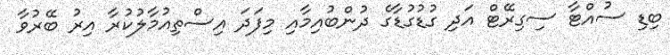
ބިޑި ސުއްޓާ ސިގިރޭޓް އަދި ގުޑުގުޑާގެ ދުންބުއިމާއި މިފަދަ އިސްތިއުމާލުކުރާ އިރު ބޭރުވާ